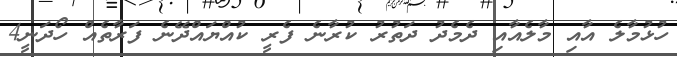
ހުޅުމާލެ އާއި މާލެއާއި ދެމެދު ދަތުރު ކުރާނެ ފެރީ ކުއްޔައްދޭނެ ފަރާތެއް ހޯދަނީ4